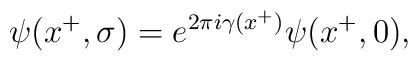
\psi (x^+, \sigma) = e^{2\pi i\gamma(x^+)} \psi (x^+, 0),